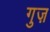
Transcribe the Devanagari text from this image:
गुज़